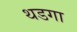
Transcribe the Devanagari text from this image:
थडगा